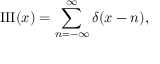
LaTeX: \operatorname { I I I } ( x ) = \sum _ { n = - \infty } ^ { \infty } \delta ( x - n ) ,